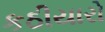
કઠીયારો